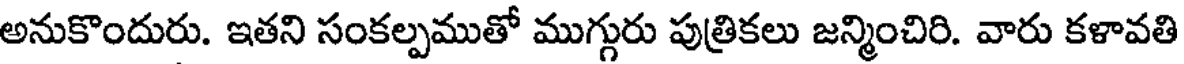
అనుకొందురు. ఇతని సంకల్పముతో ముగ్గురు పుత్రికలు జన్మించిరి. వారు కళావతి